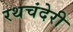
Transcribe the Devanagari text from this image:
रथचंदेरी